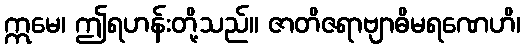
ဣမေ၊ ဤရဟန်းတို့သည်။ ဇာတိဇရာဗျာဓိမရဏေဟိ၊